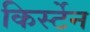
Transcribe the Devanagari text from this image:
किर्स्टेन